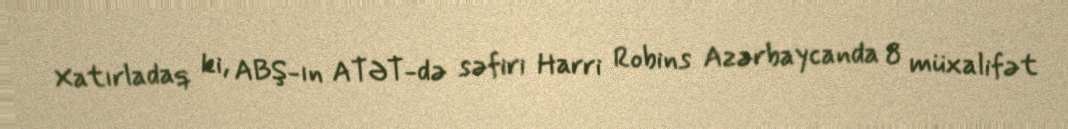
Xatırladaq ki, ABŞ-ın ATƏT-də səfiri Harri Robins Azərbaycanda 8 müxalifət